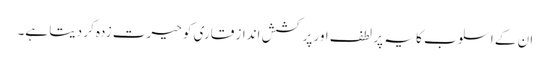
ان کے اسلوب کا یہ پر لطف اور پر کشش انداز قاری کو حیرت زدہ کر دیتا ہے۔